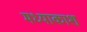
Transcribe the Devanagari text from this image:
मध्याकाश